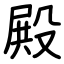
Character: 殿